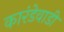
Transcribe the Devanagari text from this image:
कारंडेवाडी